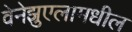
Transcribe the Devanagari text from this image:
वेनेझुएलामधील